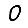
Digit: 0